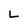
Character: L